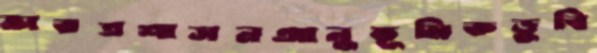
ভারতশাসনআনুভূমিকডুবি